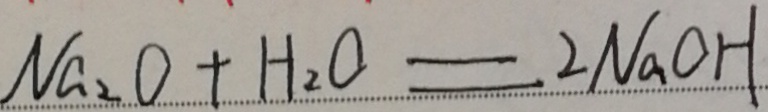
N a _ { 2 } O + H _ { 2 } O = 2 N a O H